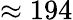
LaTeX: \approx 194